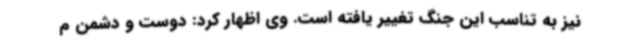
نیز به تناسب این جنگ تغییر یافته است. وی اظهار کرد: دوست و دشمن م